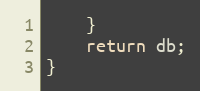
Language: JavaScript
    }
    return db;
}